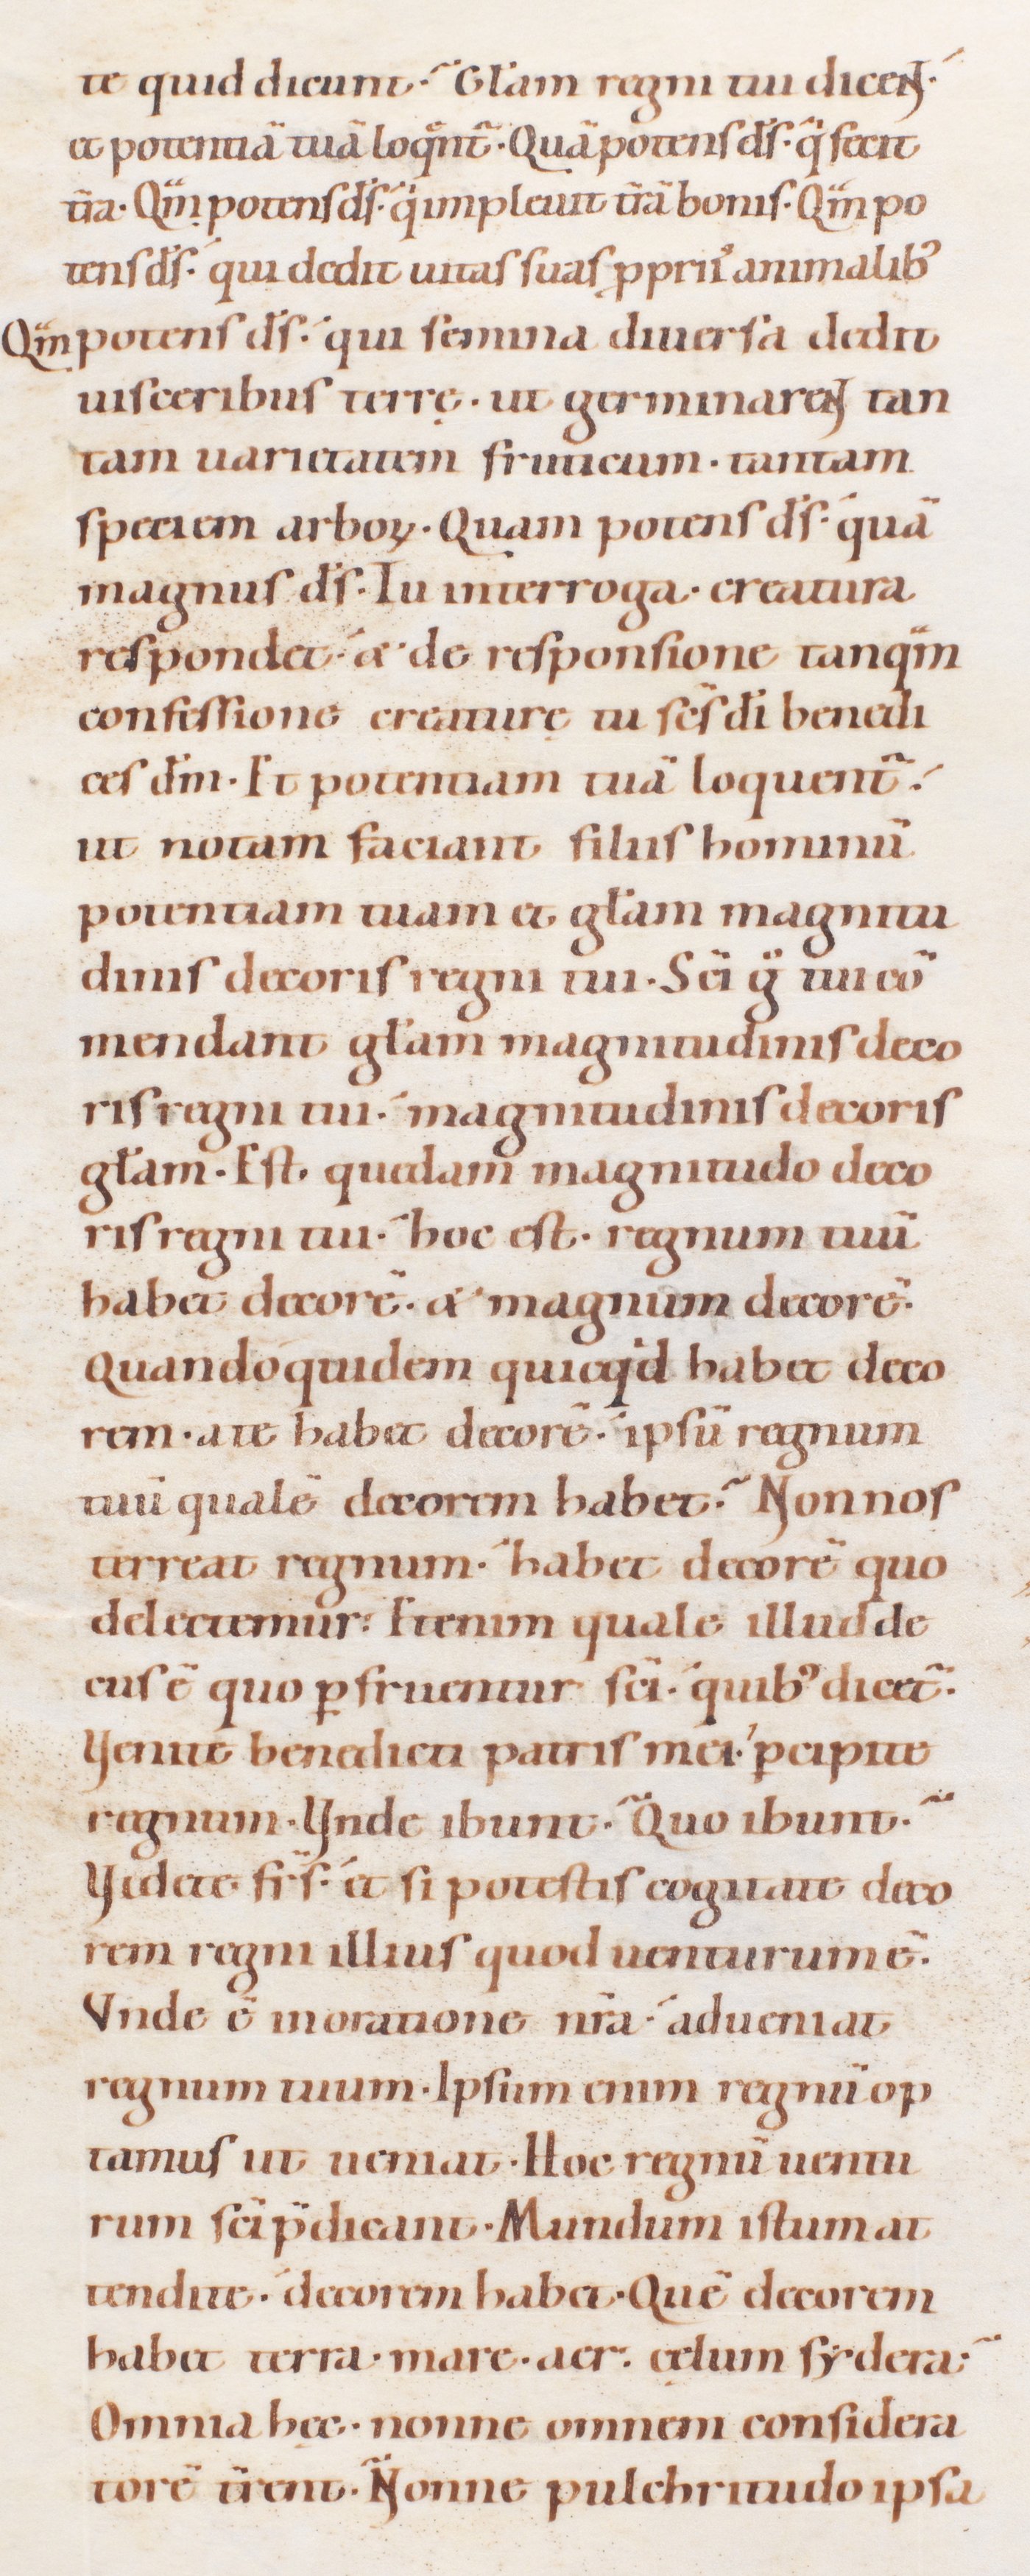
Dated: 1080–1096